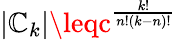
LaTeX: |\mathbb{C}_{k}|\leqc^{\frac{{k!}}{{n!(k-n)!}}}